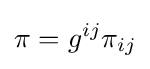
\pi =g^{ij}\pi _{ij}